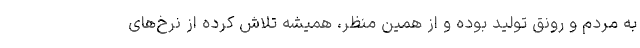
به مردم و رونق تولید بوده و از همین منظر، همیشه تلاش کرده از نرخ‌های